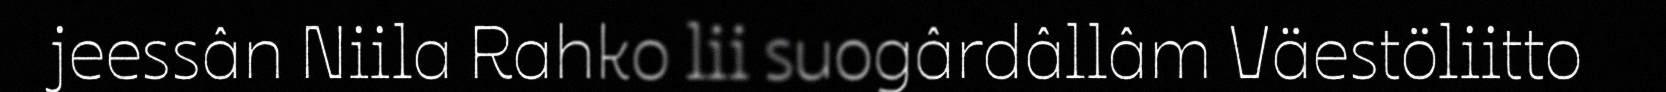
jeessân Niila Rahko lii suogârdâllâm Väestöliitto